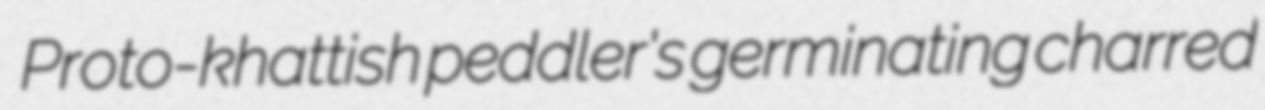
Proto-khattish peddler's germinating charred